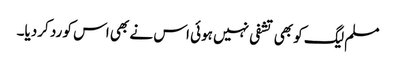
مسلم لیگ کو بھی تشفی نہیں ہوئی اس نے بھی اس کو رد کردیا۔